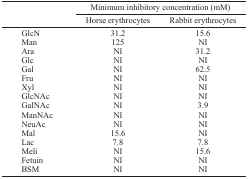
|  | <COLSPAN=2> Minimum inhibitory concentration (mM) |
 |  | Horse erythrocytes | Rabbit erythrocytes |
 | --- | --- | --- |
 | GlcN | 31.2 | 15.6 |
 | Man | 125 | NI |
 | Ara | NI | 31.2 |
 | Glc | NI | NI |
 | Gal | NI | 62.5 |
 | Fru | NI | NI |
 | Xyl | NI | NI |
 | GlcNAc | NI | NI |
 | GalNAc | NI | 3.9 |
 | ManNAc | NI | NI |
 | NeuAc | NI | NI |
 | Mal | 15.6 | NI |
 | Lac | 7.8 | 7.8 |
 | Meli | NI | 15.6 |
 | Fetuin | NI | NI |
 | BSM | NI | NI |